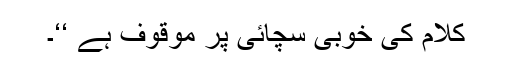
کلام کی خوبی سچائی پر موقوف ہے ‘‘۔